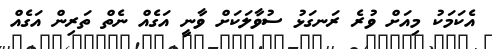
އެކަމަކު މިއަށް ވުރެ ރަނގަޅު ސުވާލަކަށް ވާނީ އަގެއް ނެތް ތަރިން އަގެއް